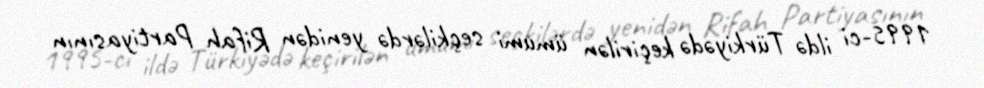
1995-ci ildə Türkiyədə keçirilən ümumi seçkilərdə yenidən Rifah Partiyasının